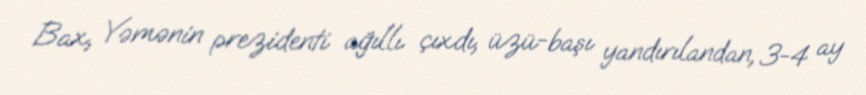
Bax, Yəmənin prezidenti ağıllı çıxdı, üzü-başı yandırılandan, 3-4 ay